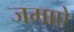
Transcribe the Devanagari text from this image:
जमाऐ